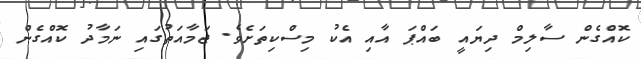
ކޮއްގެން ސާލިމް ދިޔައީ ބައްޕަ އާއި އެކު މިސްކިތަށެވެ. ޖަމާއަތުގައި ނަމާދު ކޮއްގެން